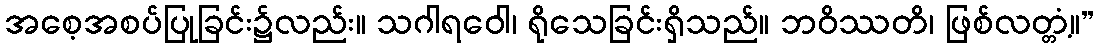
အစေ့အစပ်ပြုခြင်း၌လည်း။ သဂါရဝေါ၊ ရိုသေခြင်းရှိသည်။ ဘဝိဿတိ၊ ဖြစ်လတ္တံ့။”